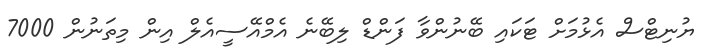
ޔުނިޓްސް އެޅުމަށް ޓަކައި ބޭނުންވާ ފަންޑް ލިބޭނެ އެމްއޭސީއެލް އިން މިތަނުން 7000